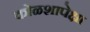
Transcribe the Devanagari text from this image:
कोळशापेक्षा